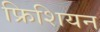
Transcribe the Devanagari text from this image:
फ्रिशियन